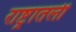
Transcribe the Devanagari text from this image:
राष्ट्रातली